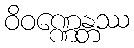
ဝိဝဏ္ဏေန္တဿ